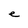
Character: e